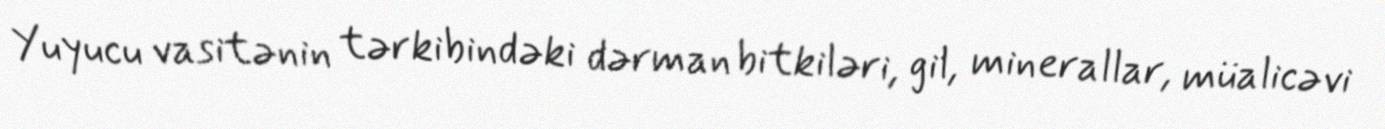
Yuyucu vasitənin tərkibindəki dərman bitkiləri, gil, minerallar, müalicəvi